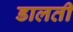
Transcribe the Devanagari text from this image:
डालतीं